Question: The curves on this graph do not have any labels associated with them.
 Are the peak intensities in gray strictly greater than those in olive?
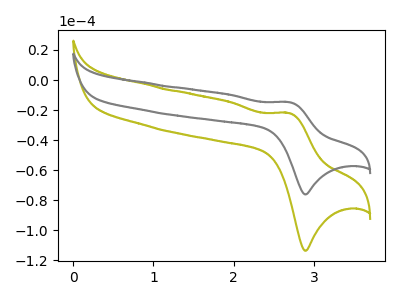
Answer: <think>The olive curve "olive" has an anodic peak at (2.70V, -22.00uA) and a cathodic peak at (2.90V, -113.70uA). The gray curve "gray" has an anodic peak at (2.70V, -14.75uA) and a cathodic peak at (2.90V, -76.15uA).</think>
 <answer>The peaks in "gray" are neither all higher or all lower than the peaks in "olive".</answer>
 <eval>mixed</eval>